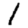
Digit: 1